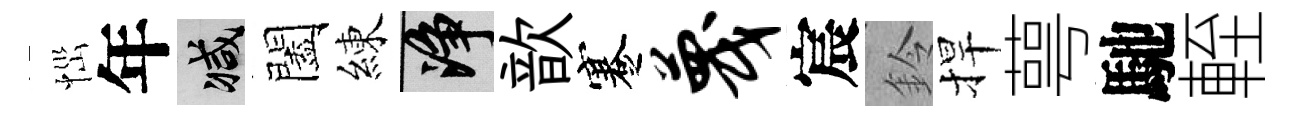
𢙉年减闔練净歆蹇蔑宸鈴捍萼馳輊